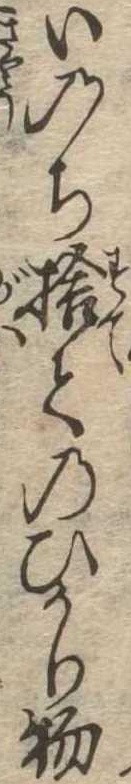
いのち捨てのひかり物